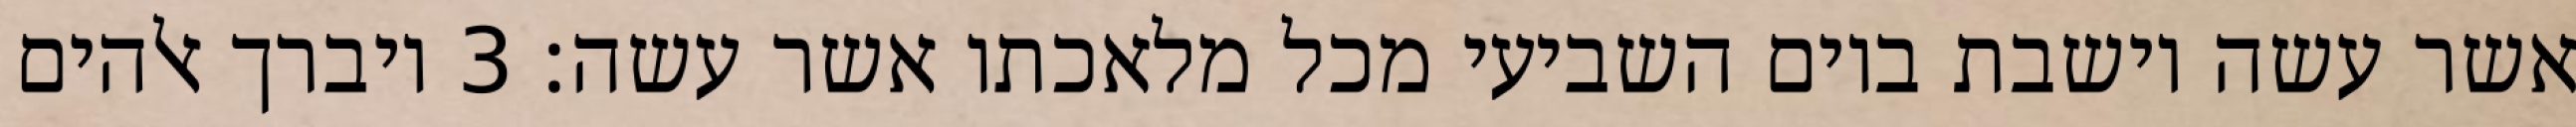
אשר עשה וישבת ביום השביעי מכל מלאכתו אשר עשה׃ ‎3‏ ויברך אלהים